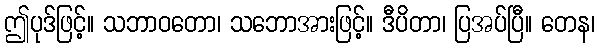
ဤပုဒ်ဖြင့်။ သဘာဝတော၊ သဘောအားဖြင့်။ ဒီပိတာ၊ ပြအပ်ပြီ။ တေန၊